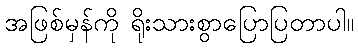
အဖြစ်မှန်ကို ရိုးသားစွာပြောပြတာပါ။